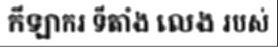
កីឡាករ ទីតាំង លេង របស់